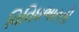
વિવિધભારતી